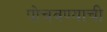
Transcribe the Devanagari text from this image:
पोचवण्‍याची